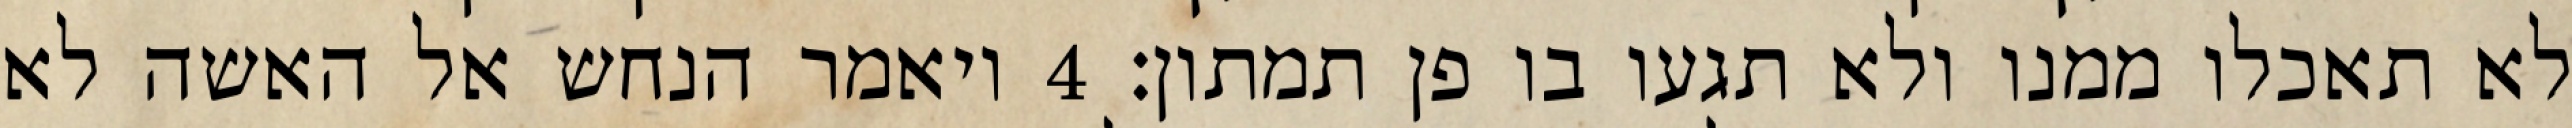
לא תאכלו ממנו ולא תגעו בו פן תמתון׃ ‎4‏ ויאמר הנחש אל האשה לא